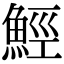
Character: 𩷏